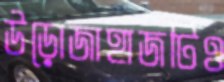
উড়োজাহাজটিও